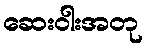
ဆေးဝါးအတု